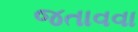
જતાવવા